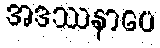
အဒဿနာပေ